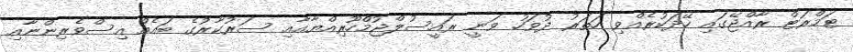
ޓަމްރަޓް ރާއްޖޭގައި ހޭދަކުރެއްވި ހަތަރު ދުވަހު ވަނީ ރައީސުލްޖުމްހޫރިއްޔާއާއި ސަރުކާރުގެ ބައެއް އިސްވެރިންނާއި